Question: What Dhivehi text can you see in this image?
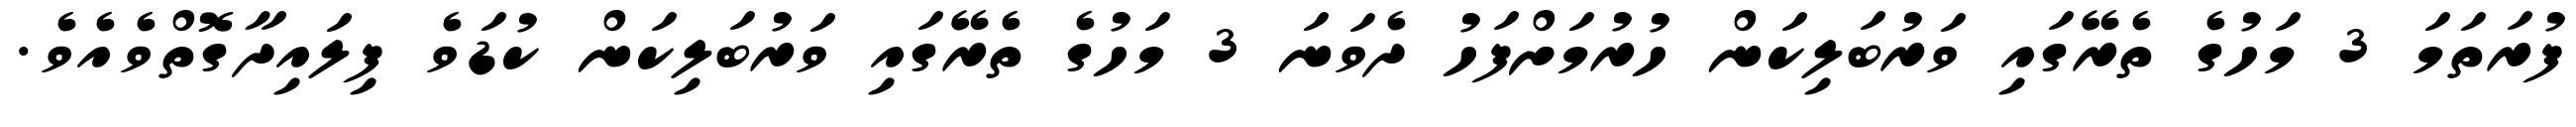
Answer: ފުރަތަމަ 3 މަހުގެ ތެރޭގައި ވަރުބަލިކަން ހުރުމަށްފަހު ދެވަނަ 3 މަހުގެ ތެރޭގައި ވަރުބަލިކަން ކުޑަވެ ފިލައިދާގޮތްވެއެވެ.